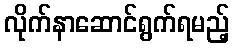
လိုက်နာဆောင်ရွက်ရမည့်